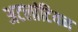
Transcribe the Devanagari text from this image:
अटलांटियन